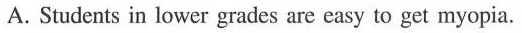
A. Students in lower grades are easy to get myopia.